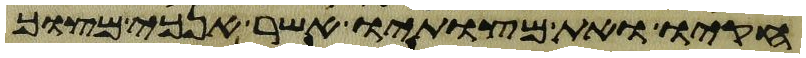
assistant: חקיו ואת מצותיו אשר אנכי מצוך